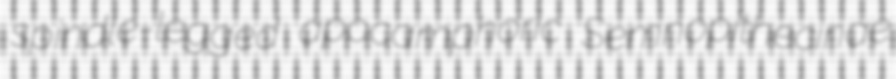
spindle-legged apocamphoric Semnopithecinae